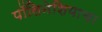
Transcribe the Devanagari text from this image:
पॉलिनेशियाचा